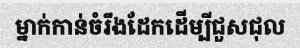
ម្នាក់កាន់ចំរឹងដែកដើម្បីជួសជុល